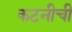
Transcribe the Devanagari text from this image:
कटनीची